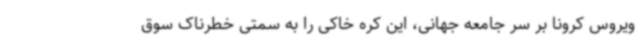
ویروس کرونا بر سر جامعه جهانی، این کره خاکی را به سمتی خطرناک سوق